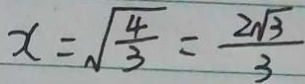
x = \sqrt { \frac { 4 } { 3 } } = \frac { 2 \sqrt { 3 } } { 3 }